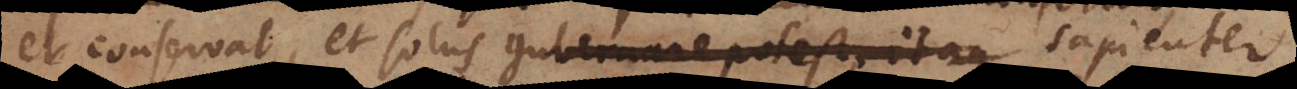
et solus gubernare potest, itaque sapienter